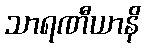
သာရဏီယာနိ